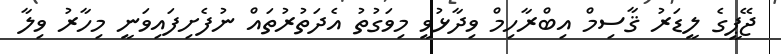
ޖޭޕީގެ ލީޑަރު ޤާސިމް އިބްރާހިމް ވިދާޅުވީ މިވަގުތު އެދަތުރުތައް ނުފެށިފައިވަނީ މިހާރު ވިލާ